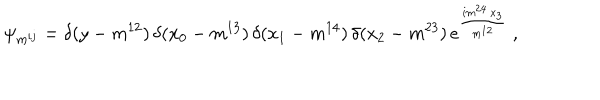
LaTeX: \psi _ { m ^ { i j } } = \delta ( y - m ^ { 1 2 } ) \, \delta ( x _ { 0 } - m ^ { 1 3 } ) \, \delta ( x _ { 1 } - m ^ { 1 4 } ) \, \delta ( x _ { 2 } - m ^ { 2 3 } ) \, e ^ { \frac { i m ^ { 2 4 } \, x _ { 3 } } { m ^ { 1 2 } } } \ ,